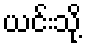
ယင်းသို့